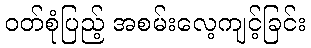
ဝတ်စုံပြည့် အစမ်းလေ့ကျင့်ခြင်း